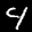
Label: 4